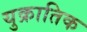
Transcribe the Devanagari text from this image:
युक्रातिक